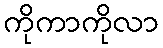
ကိုကာကိုလာ